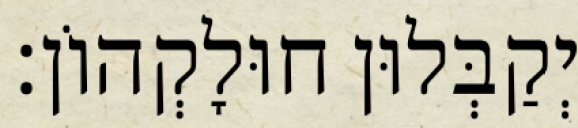
יְקַבְּלוּן חוּלָקְהוֹן׃